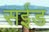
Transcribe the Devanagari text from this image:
सईड